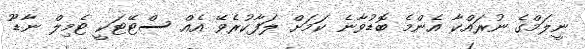
ނީލަމްގެ ނުރައްކާ އެންމެ ބޮޑުވާނެ ކަމަށް ލަފާކުރެވޭ އެއް ސްޓޭޓަކީ ޓެމިލް ނާޑޫ